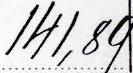
141,89